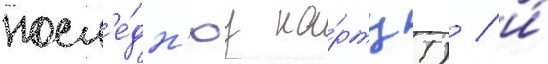
посл'е́дн'юу ка́рту!) / и́